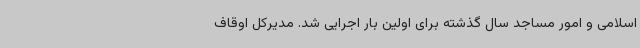
اسلامی و امور مساجد سال گذشته برای اولین بار اجرایی شد. مدیرکل اوقاف